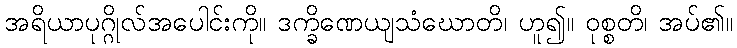
အရိယာပုဂ္ဂိုလ်အပေါင်းကို။ ဒက္ခိဏေယျသံဃောတိ၊ ဟူ၍။ ဝုစ္စတိ၊ အပ်၏။